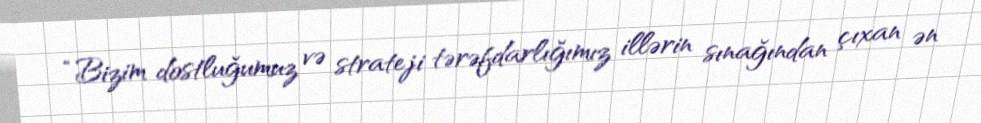
“Bizim dostluğumuz və strateji tərəfdarlığımız illərin sınağından çıxan ən